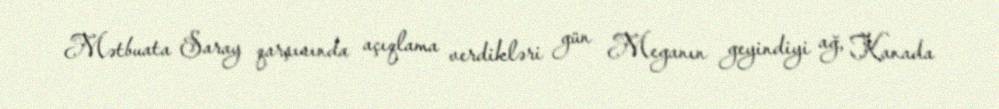
Mətbuata Saray qarşısında açıqlama verdikləri gün Meganın geyindiyi ağ, Kanada